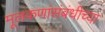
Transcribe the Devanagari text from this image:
मूलकणांसंबंधीच्या